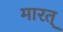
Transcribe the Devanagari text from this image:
मारत्